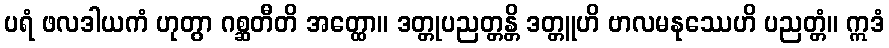
ပရံ ဖလဒါယကံ ဟုတွာ ဂစ္ဆတီတိ အတ္ထော။ ဒတ္တုပညတ္တန္တိ ဒတ္တူဟိ ဗာလမနုဿေဟိ ပညတ္တံ။ ဣဒံ